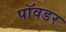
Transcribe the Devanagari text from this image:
पॉवडर